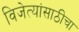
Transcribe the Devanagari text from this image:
विजेत्यांसाठीचा